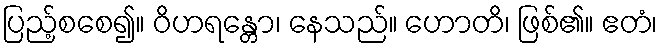
ပြည့်စစေ၍။ ဝိဟရန္တော၊ နေသည်။ ဟောတိ၊ ဖြစ်၏။ ဧတံ၊